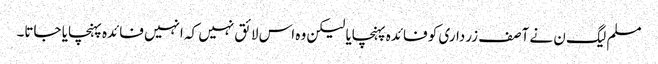
مسلم لیگ ن نے آصف زرداری کو فائدہ پہنچایا لیکن وہ اس لائق نہیں کہ انہیں فائدہ پہنچایا جاتا۔